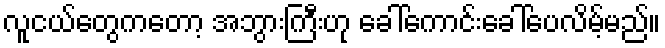
လူငယ်တွေကတော့ အဘွားကြီးဟု ခေါ်ကောင်းခေါ်ပေလိမ့်မည်။